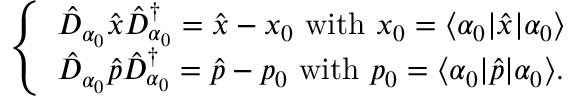
\begin{array} { r } { \left\{ \begin{array} { l l l } { \hat { D } _ { \alpha _ { 0 } } \hat { x } \hat { D } _ { \alpha _ { 0 } } ^ { \dagger } = \hat { x } - x _ { 0 } \ \mathrm { w i t h } \ x _ { 0 } = \langle \alpha _ { 0 } | \hat { x } | \alpha _ { 0 } \rangle } \\ { \hat { D } _ { \alpha _ { 0 } } \hat { p } \hat { D } _ { \alpha _ { 0 } } ^ { \dagger } = \hat { p } - p _ { 0 } \ \mathrm { w i t h } \ p _ { 0 } = \langle \alpha _ { 0 } | \hat { p } | \alpha _ { 0 } \rangle . } \end{array} \right. } \end{array}